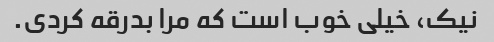
نیک، خیلی خوب است که مرا بدرقه کردی.